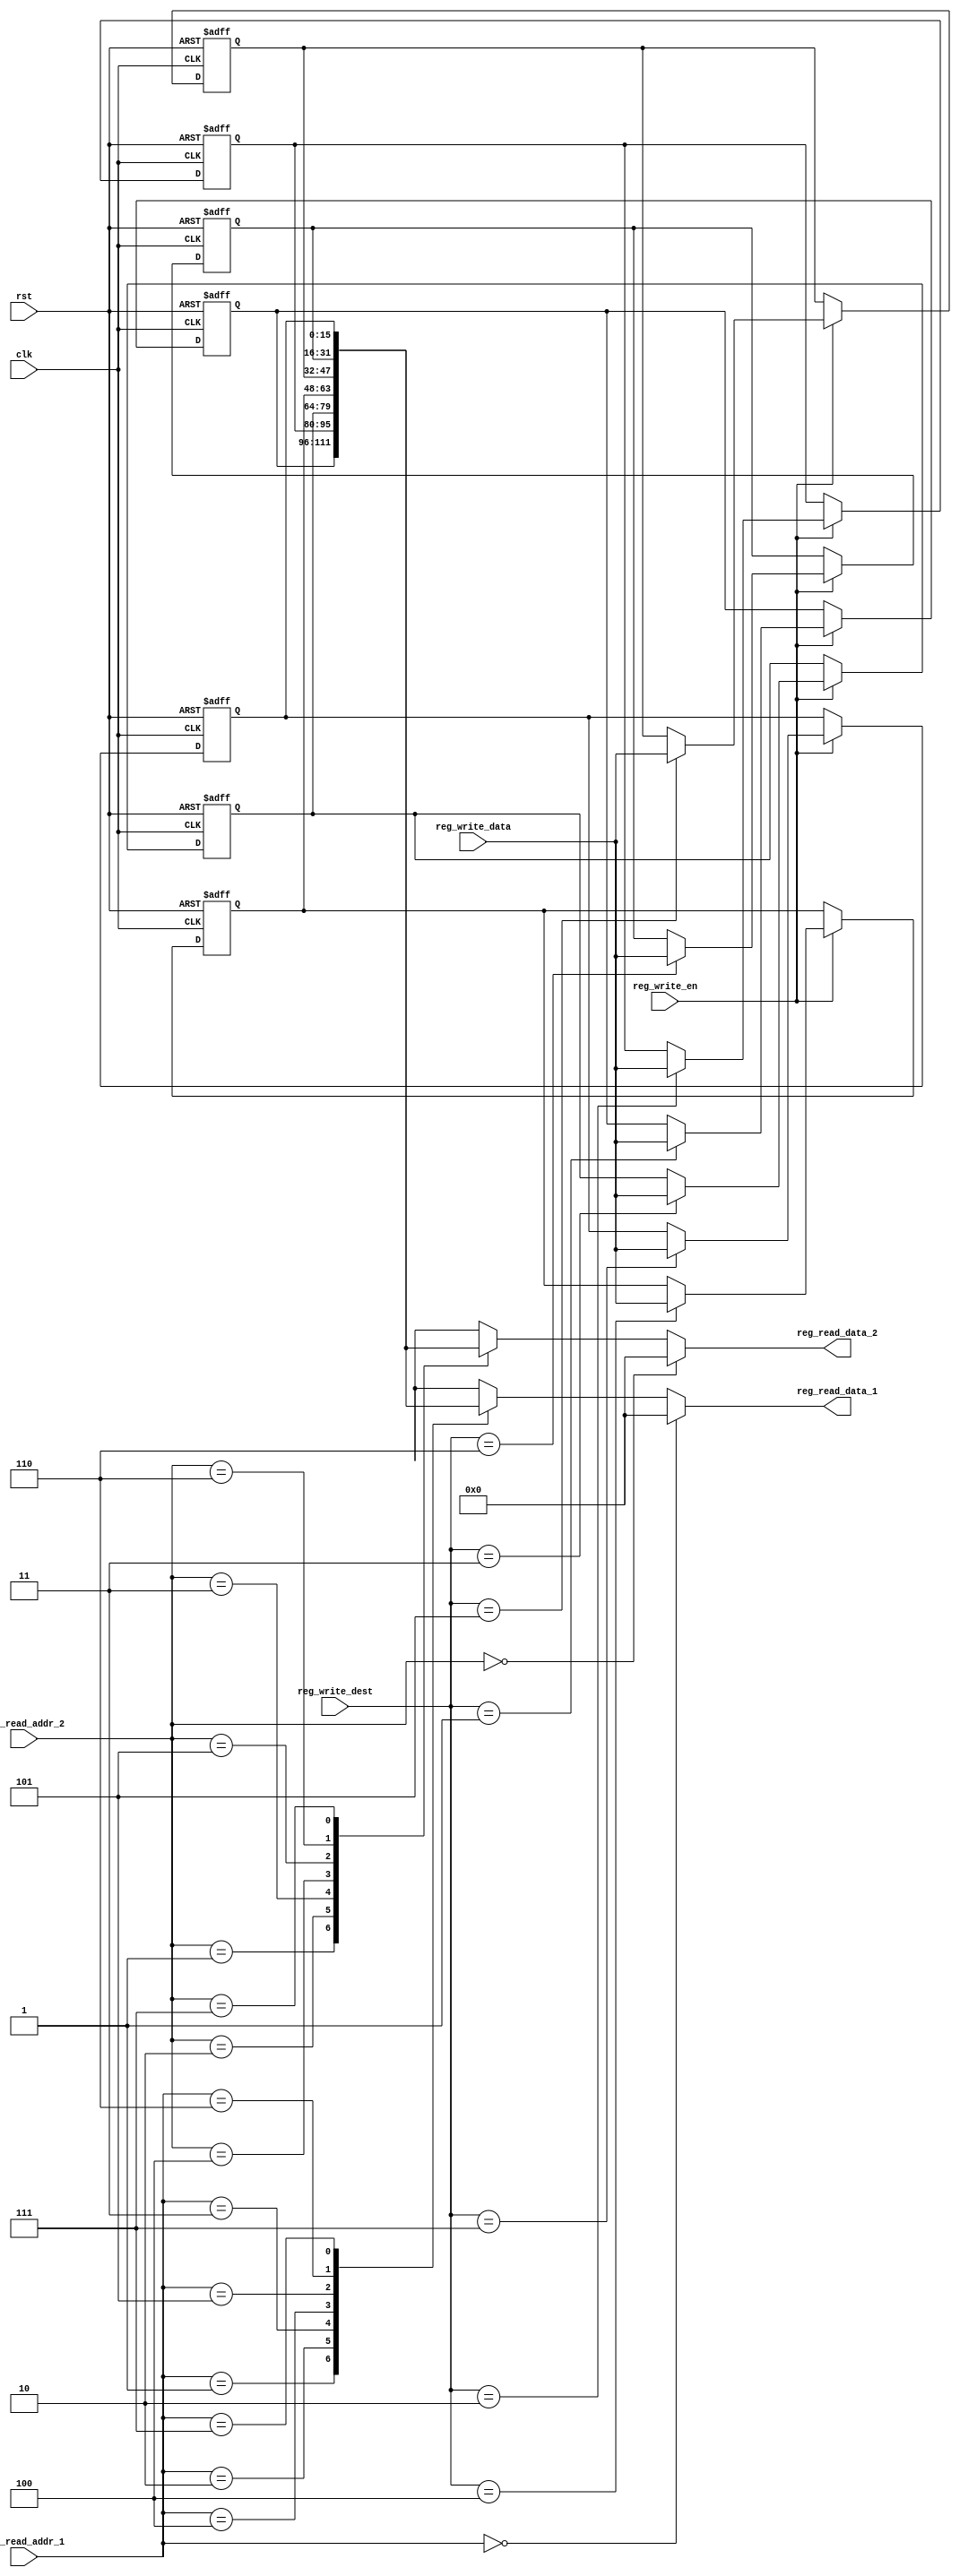
`timescale 1ns / 1ps
//////////////////////////////////////////////////////////////////////////////////
// Company: 
// 
// Design Name: 
// Module Name: register_file
// Project Name: 
// Target Devices: 
// Tool Versions: 
// Description: 16-bit wide 8-bit deep R/W register
// 
// Dependencies: 
// 
// Revision:
// Revision 0.01 - File Created
// Additional Comments:
// 
//////////////////////////////////////////////////////////////////////////////////


    module register_file(
    input clk,
    input rst,
    //write port
    input reg_write_en,
    input [2:0] reg_write_dest,
    input [15:0] reg_write_data,
    //read port 1
    input [2:0] reg_read_addr_1,
    output [15:0] reg_read_data_1,
    //read port 2
    input [2:0] reg_read_addr_2,
    output [15:0] reg_read_data_2
    );
    reg [15:0] reg_array [7:0];
    always @(posedge clk or posedge rst) begin
        if(rst) begin
            reg_array[0] <= 16'b0;
            reg_array[1] <= 16'b0;
            reg_array[2] <= 16'b0;
            reg_array[3] <= 16'b0;
            reg_array[4] <= 16'b0;
            reg_array[5] <= 16'b0;
            reg_array[6] <= 16'b0;
            reg_array[7] <= 16'b0;
        end
        else begin
            if(reg_write_en) reg_array[reg_write_dest] <= reg_write_data;
        end
    end
    assign reg_read_data_1 = (reg_read_addr_1 == 0) ? 16'b0 : reg_array[reg_read_addr_1];
    assign reg_read_data_2 = (reg_read_addr_2 == 0) ? 16'b0 : reg_array[reg_read_addr_2];
endmodule